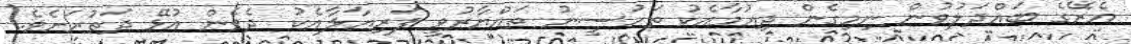
އެރޭގެ ބައްދަލުވުން ނިމިގެން ދިއުމާއެކު ތަހުސީނު ތައްޔާރުވީ ފަރިޔާލާއެކު ދެވެން އުޅޭ ދަތުރަށެވެ.